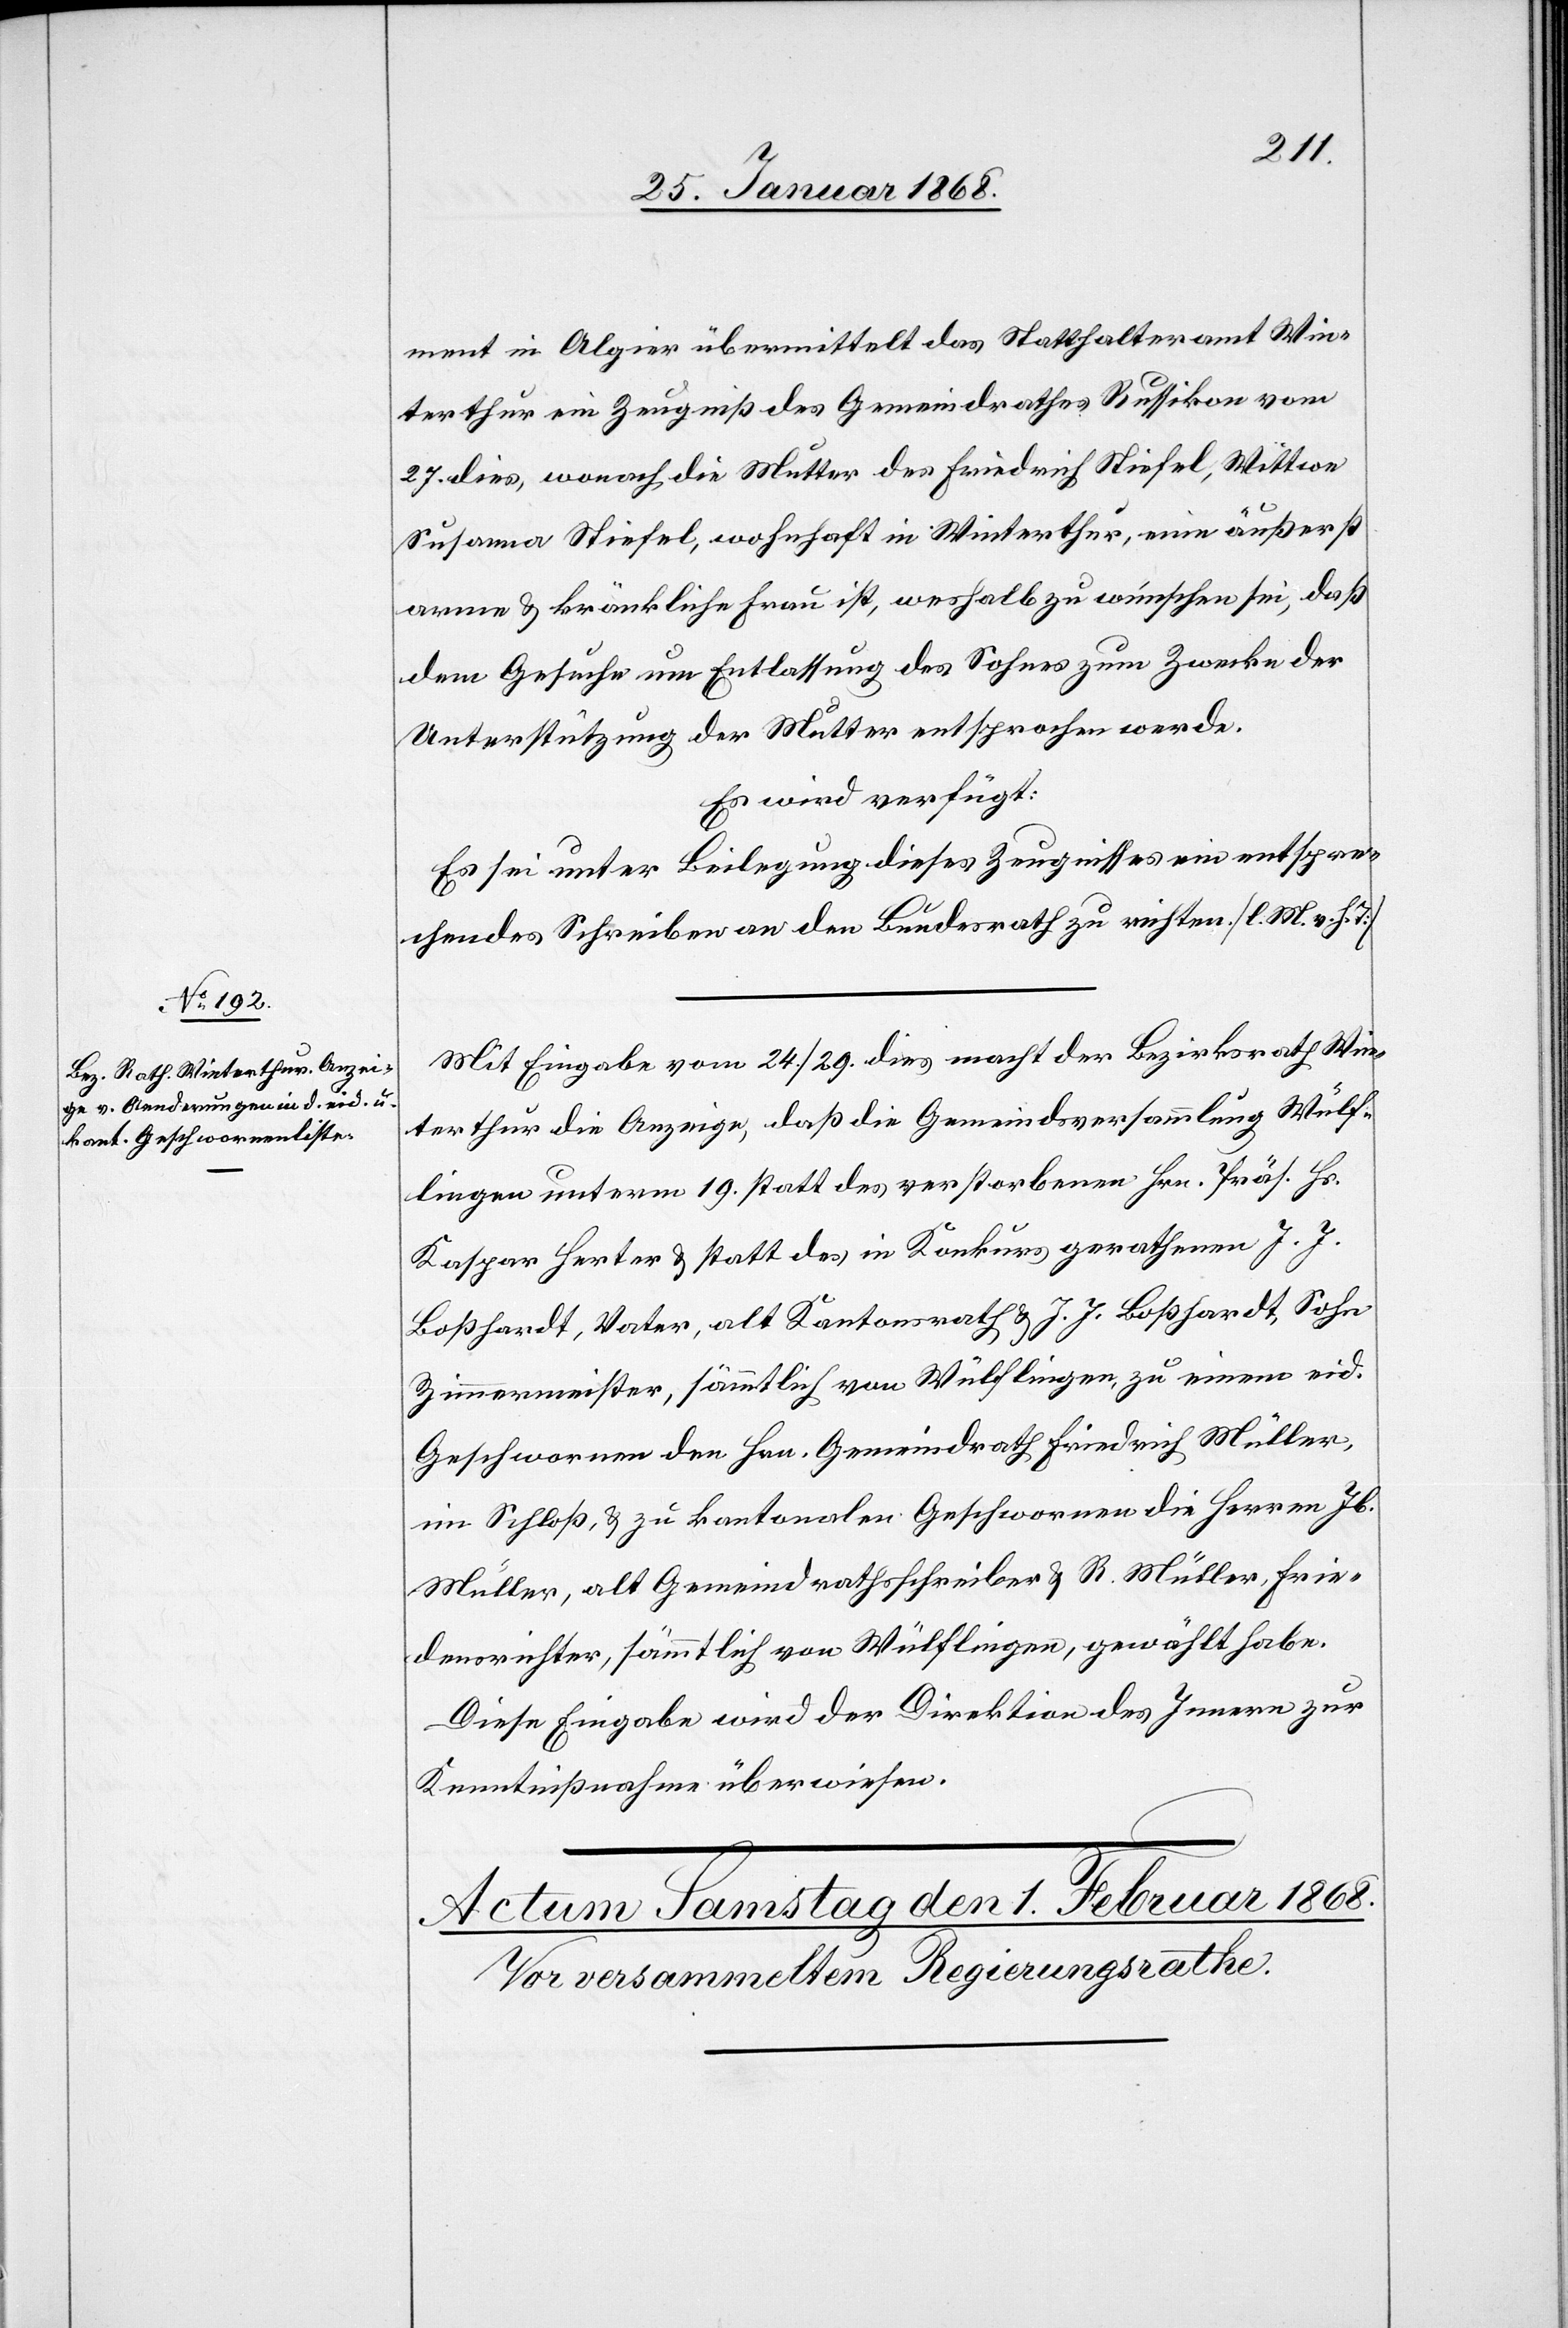
31. Januar 1868.]
ment in Algier übermittelt das Statthalteramt Win¬
terthur ein Zeugniß des Gemeindrathes Russikon vom
27. dies, wonach die Mutter des Friedrich Stiefel, Wittwe
Susanna Stiefel, wohnhaft in Winterthur, eine äußerst
arme & kränkliche Frau ist, weshalb zu wünschen sei, daß
dem Gesuche um Entlassung des Sohnes zum Zwecke der
Unterstützung der Mutter entsprochen werde.
Es wird verfügt:
Es sei unter Beilegung dieses Zeugnisses ein entspre¬
chendes Schreiben an den Bundesrath zu richten. [l. M. v. h. T]
Mit Eingabe vom 24. / 29. dies macht der Bezirksrath Win¬
terthur die Anzeige, daß die Gemeindsversammlung Wülf¬
lingen unterm 19. statt des verstorbenen Hrn. Präs. Hs.
Kaspar Herter & statt des in Konkurs gerathenen J. J.
Boßhardt, Vater, alt Kantonsrath & J. J. Boßhardt, Sohn
Zimmermeister, sämmtlich von Wülflingen, zu einem eid.
Geschwornen den Hrn. Gemeindrath Friedrich Müller,
im Schloß, & zu kantonalen Geschwornen die Herren Jb.
Müller, alt Gemeindrathsschreiber & R. Müller, Frie¬
densrichter, sämmtlich von Wülflingen, gewählt habe.
Diese Eingabe wird der Direktion des Innern zur
Kenntnißnahme überwiesen.